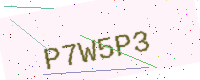
Text: P7W5P3